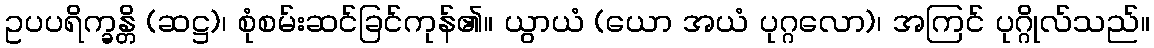
ဥပပရိက္ခန္တိ (ဆဋ္ဌ)၊ စုံစမ်းဆင်ခြင်ကုန်၏။ ယွာယံ (ယော အယံ ပုဂ္ဂလော)၊ အကြင် ပုဂ္ဂိုလ်သည်။